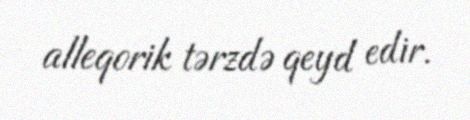
alleqorik tərzdə qeyd edir.